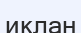
иклан